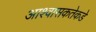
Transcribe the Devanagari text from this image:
आश्वासकतेकडे